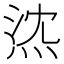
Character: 𤉠